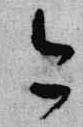
今